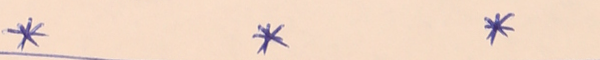
*		*		*